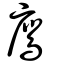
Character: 鷹